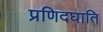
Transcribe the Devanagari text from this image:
प्रणिदघाति